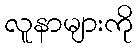
လူနာများကို